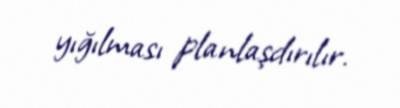
yığılması planlaşdırılır.